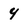
Character: 4